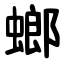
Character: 螂